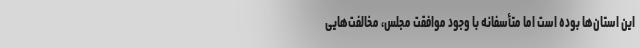
این استان‌ها بوده است اما متأسفانه با وجود موافقت مجلس، مخالفت‌هایی